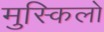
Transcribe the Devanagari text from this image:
मुस्किलो